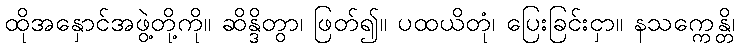
ထိုအနှောင်အဖွဲ့တို့ကို။ ဆိန္ဒိတွာ၊ ဖြတ်၍။ ပထယိတုံ၊ ပြေးခြင်းငှာ။ နသက္ကေန္တိ၊